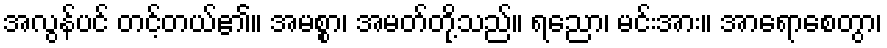
အလွန်ပင် တင့်တယ်၏။ အမစ္စာ၊ အမတ်တို့သည်။ ရညော၊ မင်းအား။ အာရောစေတွာ၊